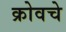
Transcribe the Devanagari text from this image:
क्रोवचे